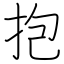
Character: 抱